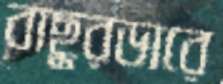
বাছুরডারে